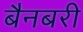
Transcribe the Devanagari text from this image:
बैनबरी